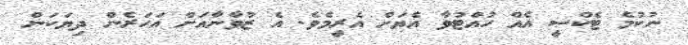
ނުކުމެ ޓެކްސީ އެއް ހުއްޓުވާ އެޔަށް އެރީމެވެ. އެ ޒުވާނާއަށް އަހަރެން ދިޔަކަން